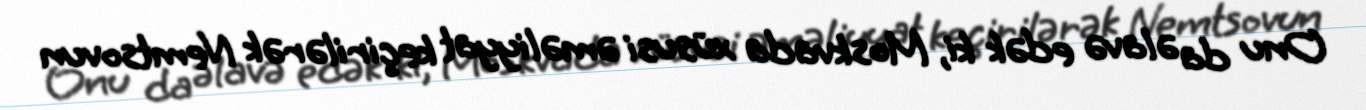
Onu da əlavə edək ki, Moskvada xüsusi əməliyyat keçirilərək Nemtsovun